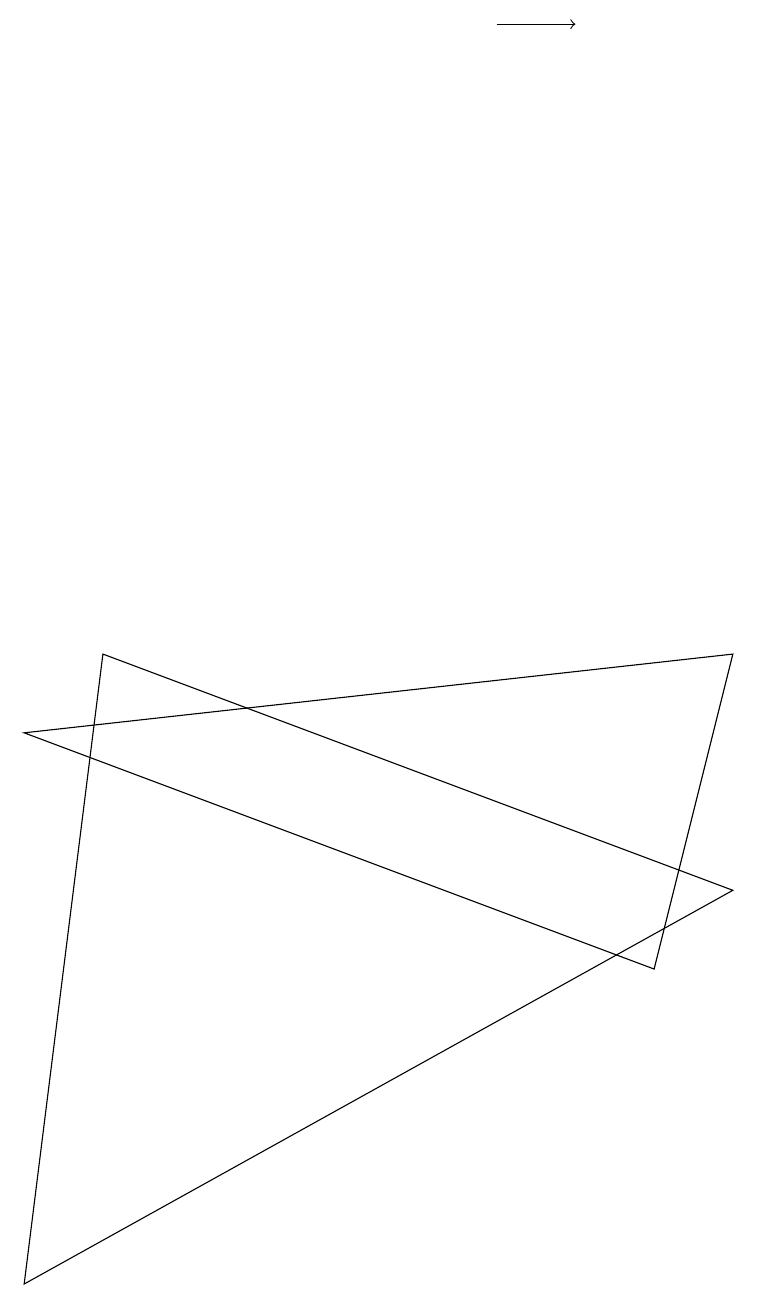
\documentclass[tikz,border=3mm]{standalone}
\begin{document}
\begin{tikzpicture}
\draw (0,0) -- (9,5) -- (1,8) -- cycle;
\draw (9,8) -- (0,7) -- (8,4) -- cycle;
\draw[->] (6,16) -- (7,16);
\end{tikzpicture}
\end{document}